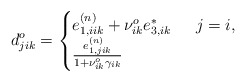
\begin{align*}d^{o}_{jik} =\begin{cases}e^{(n)}_{1,iik}+\nu^{o}_{ik}e^{*}_{3,ik} & \,\,\, j = i, \\\frac{e^{(n)}_{1,jik}}{1+\nu^{o}_{ik}\gamma_{ik}} & \end{cases}\end{align*}